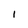
Character: I